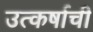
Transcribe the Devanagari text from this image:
उत्कर्षाची